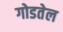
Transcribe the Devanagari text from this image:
गोडतेल